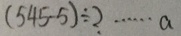
( 5 4 5 - 5 ) \div 2 \cdots a